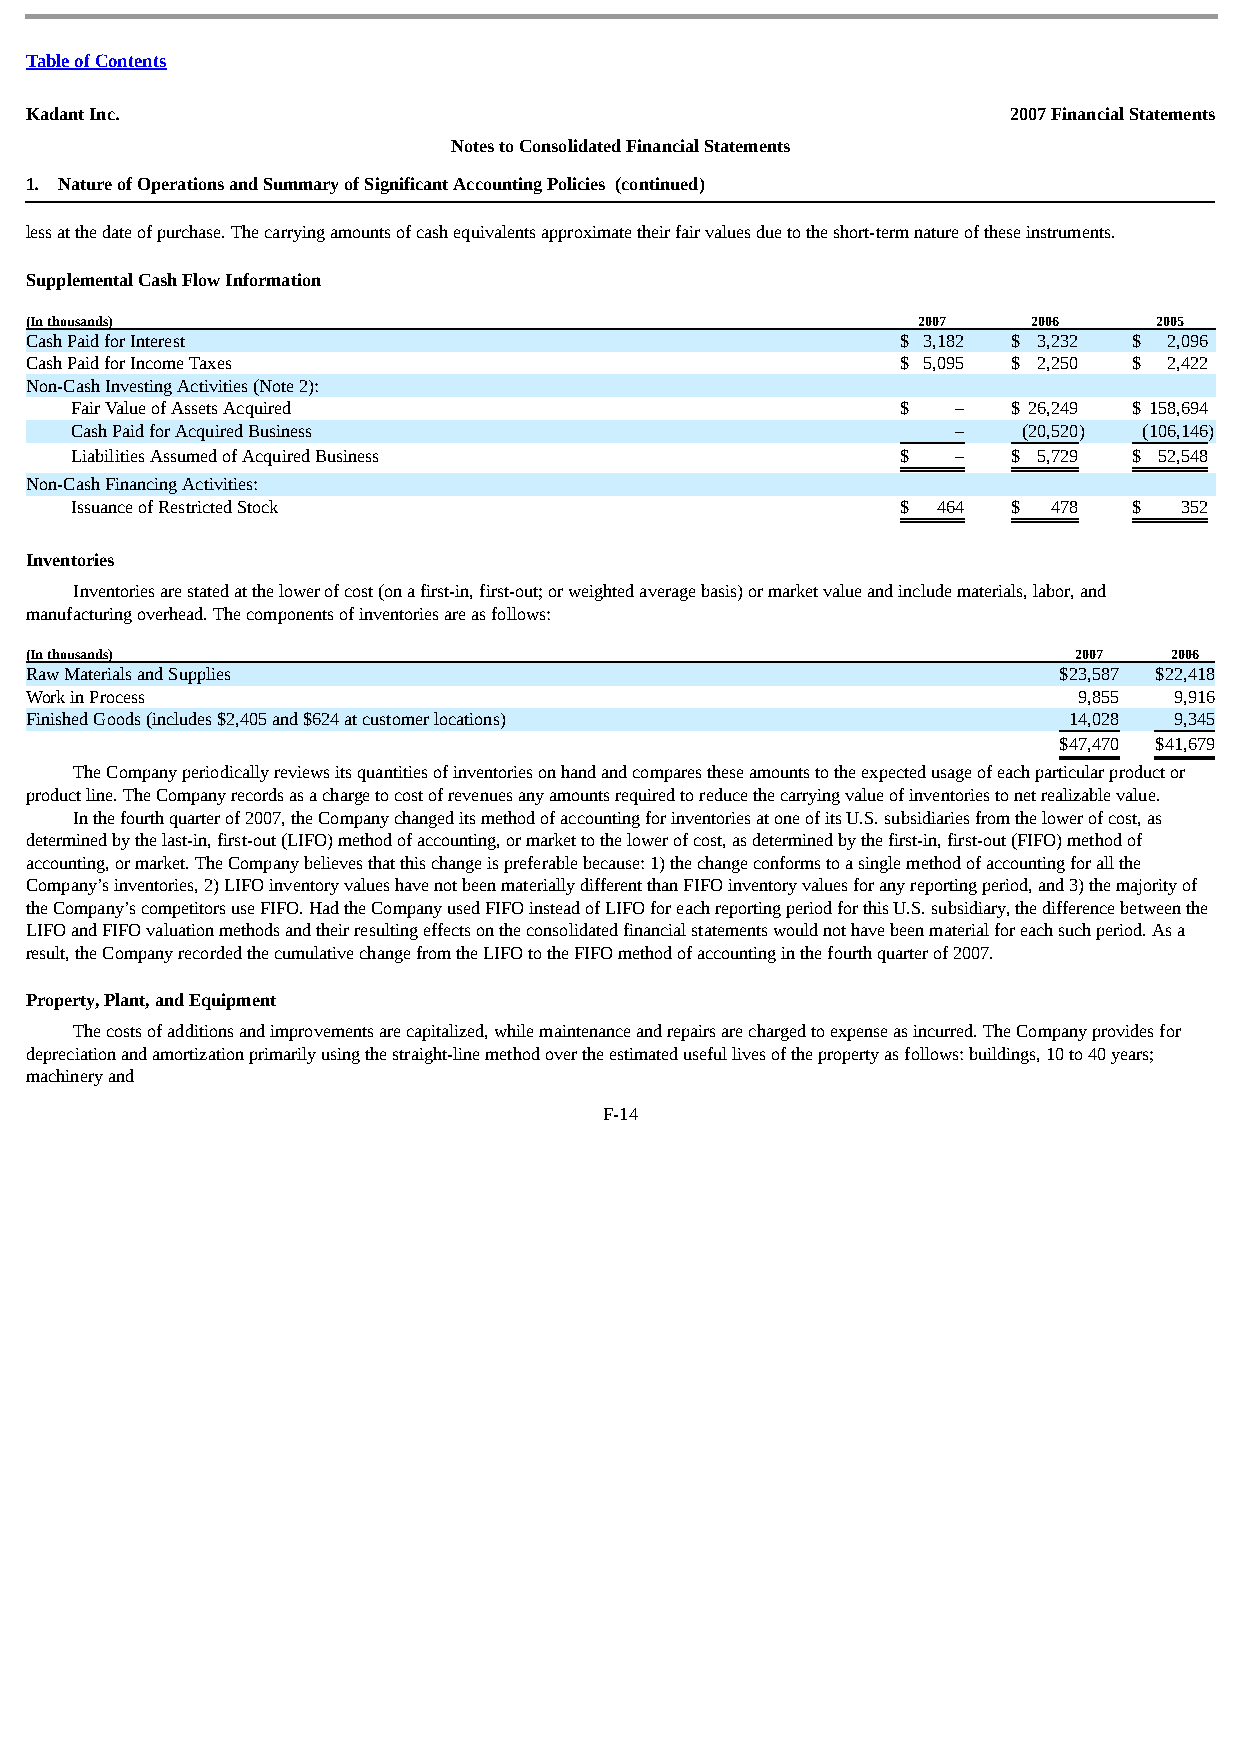
Table of Contents
 Kadant Inc.                                                      2007 Financial Statements
 Notes to Consolidated Financial Statements
 1. Nature of Operations and Summary of Significant Accounting Policies (continued)
 less at the date of purchase. The carrying amounts of cash equivalents approximate their fair values due to the short-term nature of these instruments.
 Supplemental Cash Flow Information
 (In thousands)                                             2007   2006     2005
 Cash Paid for Interest                                    $ 3,182 $ 3,232 $ 2,096
 Cash Paid for Income Taxes                                $ 5,095 $ 2,250 $ 2,422
 Non-Cash Investing Activities (Note 2):
 Fair Value of Assets Acquired                          $  –   $ 26,249 $ 158,694
 Cash Paid for Acquired Business                           –    (20,520) (106,146)
 Liabilities Assumed of Acquired Business               $  –   $ 5,729 $ 52,548
 Non-Cash Financing Activities:
 Issuance of Restricted Stock                           $ 464  $  478  $  352
 Inventories
 Inventories are stated at the lower of cost (on a first-in, first-out; or weighted average basis) or market value and include materials, labor, and
 manufacturing overhead. The components of inventories are as follows:
 (In thousands)                                                       2007  2006
 Raw Materials and Supplies                                          $23,587 $22,418
 Work in Process                                                      9,855  9,916
 Finished Goods (includes $2,405 and $624 at customer locations)      14,028 9,345
 $ 47,470 $ 41,679
 The Company periodically reviews its quantities of inventories on hand and compares these amounts to the expected usage of each par ti cular p r oduc t or
 product line. The Company records as a charge to cost of revenues any amounts required to reduce the carrying value of inventories to net realizable value.
 In the fourth quarter of 2007, the Company changed its method of accounting for inventories at one of its U.S. subsidiaries from the lower of cost, as
 determined by the last-in, first-out (LIFO) method of accounting, or market to the lower of cost, as determined by the first-in, first-out (FIFO) method of
 accounting, or market. The Company believes that this change is preferable because: 1) the change conforms to a single method of accounting for all the
 Company’s inventories, 2) LIFO inventory values have not been materially different than FIFO inventory values for any reporting period, and 3) the majority of
 the Company’s competitors use FIFO. Had the Company used FIFO instead of LIFO for each reporting period for this U.S. subsidiary, the difference between the
 LIFO and FIFO valuation methods and their resulting effects on the consolidated financial statements would not have been material for each such period. As a
 result, the Company recorded the cumulative change from the LIFO to the FIFO method of accounting in the fourth quarter of 2007.
 Property, Plant, and Equipment
 The costs of additions and improvements are capitalized, while maintenance and repairs are charged to expense as incurred. The Company provides for
 depreciation and amortization primarily using the straight-line method over the estimated useful lives of the property as follows: buildings, 10 to 40 years;
 machinery and
 F-14